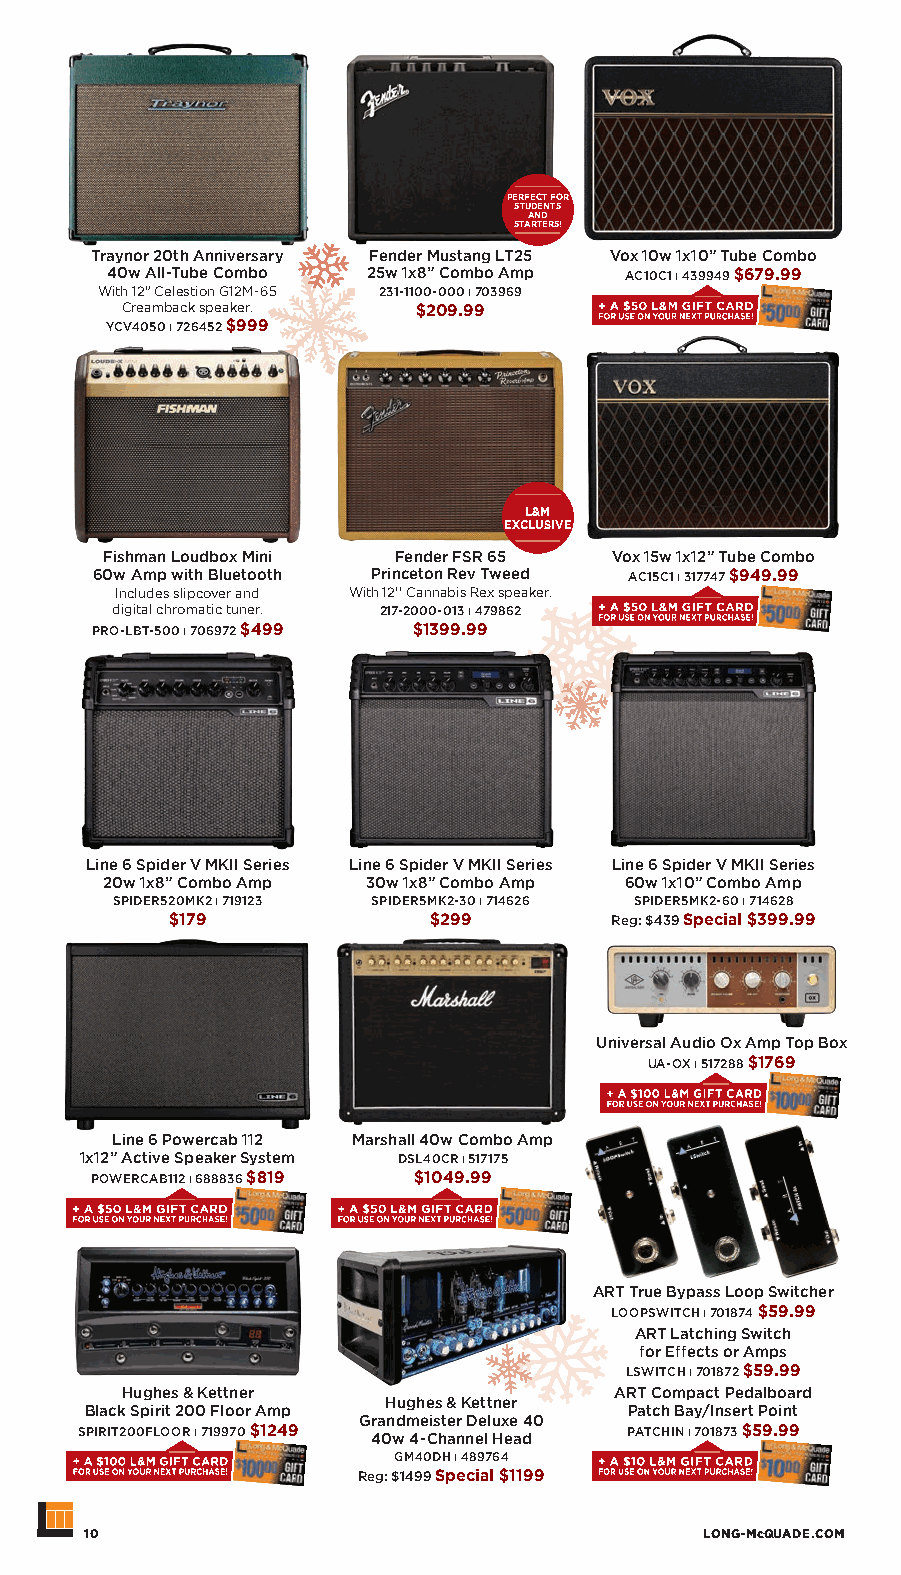
PERFECT FOR
 STUDENTS
 AND
 STARTERS!
 Traynor 20th Anniversary Fender Mustang LT25 Vox 10w 1x10” Tube Combo
 40w All-Tube Combo 25w 1x8” Combo Amp AC10C1 ı 439949 $679.99
 With 12” Celestion G12M-65 231-1100-000 ı 703969
 Creamback speaker.  $209.99
 YCV4050 ı 726452 $999
 L&M
 EXCLUSIVE
 Fishman Loudbox Mini Fender FSR 65 Vox 15w 1x12” Tube Combo
 60w Amp with Bluetooth Princeton Rev Tweed AC15C1 ı 317747 $949.99
 Includes slipcover and With 12’’ Cannabis Rex speaker.
 digital chromatic tuner. 217-2000-013 ı 479862
 PRO-LBT-500 ı 706972 $499 $1399.99
 Line 6 Spider V MKII Series Line 6 Spider V MKII Series Line 6 Spider V MKII Series
 20w 1x8” Combo Amp 30w 1x8” Combo Amp 60w 1x10” Combo Amp
 SPIDER520MK2 ı 719123 SPIDER5MK2-30 ı 714626 SPIDER5MK2-60 ı 714628
 $179             $299        Reg: $439 Special $399.99
 Universal Audio Ox Amp Top Box
 UA-OX ı 517288 $1769
 Line 6 Powercab 112 Marshall 40w Combo Amp
 1x12” Active Speaker System DSL40CR ı 517175
 POWERCAB112 ı 688836 $819 $1049.99
 ART True Bypass Loop Switcher
 LOOPSWITCH ı 701874 $59.99
 ART Latching Switch
 for Effects or Amps
 LSWITCH ı 701872 $59.99
 Hughes & Kettner                 ART Compact Pedalboard
 Hughes & Kettner
 Black Spirit 200 Floor Amp          Patch Bay/Insert Point
 Grandmeister Deluxe 40
 SPIRIT200FLOOR ı 719970 $1249 40w 4-Channel Head PATCHIN ı 701873 $59.99
 GM40DH ı 489764
 Reg: $1499 Special $1199
 10                                      LONG-McQUADE.COM